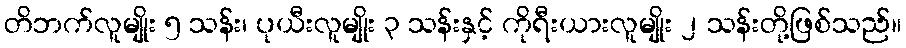
တိဘက်လူမျိုး ၅ သန်း၊ ပုယီးလူမျိုး ၃ သန်းနှင့် ကိုရီးယားလူမျိုး ၂ သန်းတို့ဖြစ်သည်။